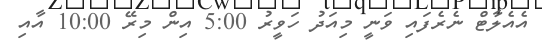
އެއެލާޓް ނެރެފައި ވަނީ މިއަދު ހަވީރު 5:00 އިން މިރޭ 10:00 އާއި